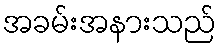
အခမ်းအနားသည်